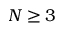
N \geq 3